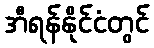
အီရန်နိုင်ငံတွင်